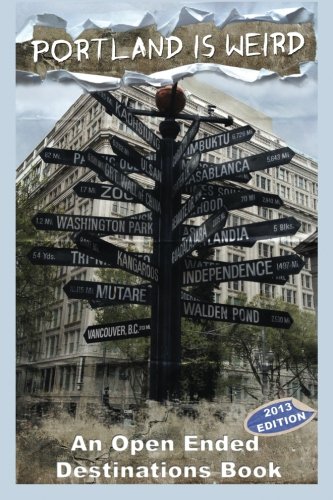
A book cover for Portland is Weird: The Official Unofficial Guide to the City's Uniqueness; Benjamin A Zanol; Travel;